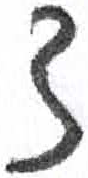
אות: צ